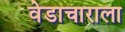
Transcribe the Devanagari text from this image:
वेडाचाराला